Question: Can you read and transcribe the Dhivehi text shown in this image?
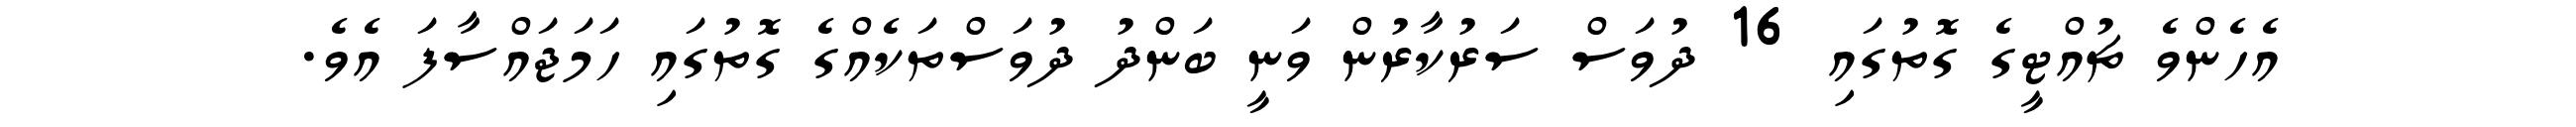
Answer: އެހެންވެ ޗުއްޓީގެ ގޮތުގައި 16 ދުވަސް ސަރުކާރުން ވަނީ ބަންދު ދުވަސްތަކެއްގެ ގޮތުގައި ހަމަޖައްސާފަ އެވެ.